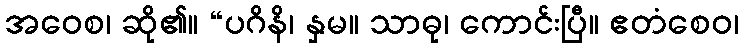
အဝေစ၊ ဆို၏။ “ပဂိနိ၊ နှမ။ သာဓု၊ ကောင်းပြီ။ ဧတံစေဝ၊